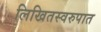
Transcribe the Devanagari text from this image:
लिखितस्वरुपात